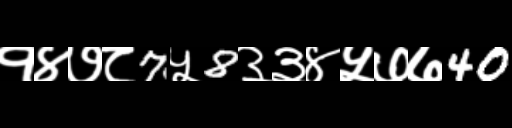
Text: १४७८7५8३३४५७७40